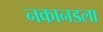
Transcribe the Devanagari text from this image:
नकानडला